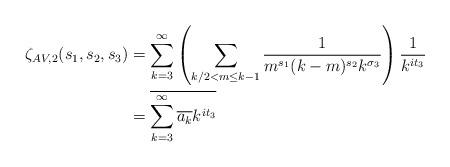
LaTeX: \begin{align*}\zeta_{AV,2} (s_1,s_2,s_3) &= \sum_{k=3}^\infty \left( \sum_{k/2 <m \leq k-1} \frac{1}{m^{s_1}(k-m)^{s_2}k^{\sigma_3}} \right) \frac{1}{k^{it_3}} \\&= \overline{\sum_{k=3}^\infty \overline{a_k} k^{it_3}} \\\end{align*}